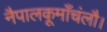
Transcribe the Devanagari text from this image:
नैपालकूमाँचंलौ।